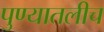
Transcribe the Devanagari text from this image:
पुण्यातलीच